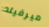
ميرفيلد